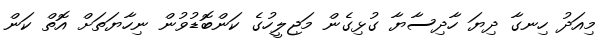
މިއަދު ހިނގާ ދިޔަ ހާދިސާޔާ ގުޅިގެން މަޖިލީހުގެ ކަންބޮޑުވުން ނިހާޔަތަށް އޮތް ކަން